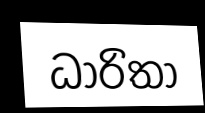
ධාරිතා